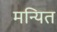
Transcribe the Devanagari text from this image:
मन्यित